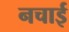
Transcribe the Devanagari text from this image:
नचाई